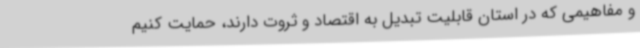
و مفاهیمی که در استان قابلیت تبدیل به اقتصاد و ثروت دارند، حمایت کنیم